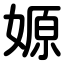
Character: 嫄